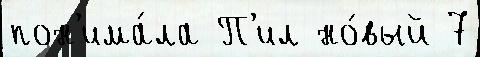
пон'има́ла П'ил но́вый 7